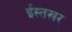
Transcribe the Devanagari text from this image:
ईस्तखर